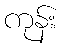
ကုန်း